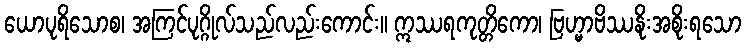
ယောပုရိသောစ၊ အကြင်ပုဂ္ဂိုလ်သည်လည်းကောင်း။ ဣဿရကုတ္တိကော၊ ဗြဟ္မာဗိဿနိုးအစိုးရသော